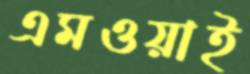
এমওয়াই